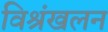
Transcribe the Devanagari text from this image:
विश्रंखलन